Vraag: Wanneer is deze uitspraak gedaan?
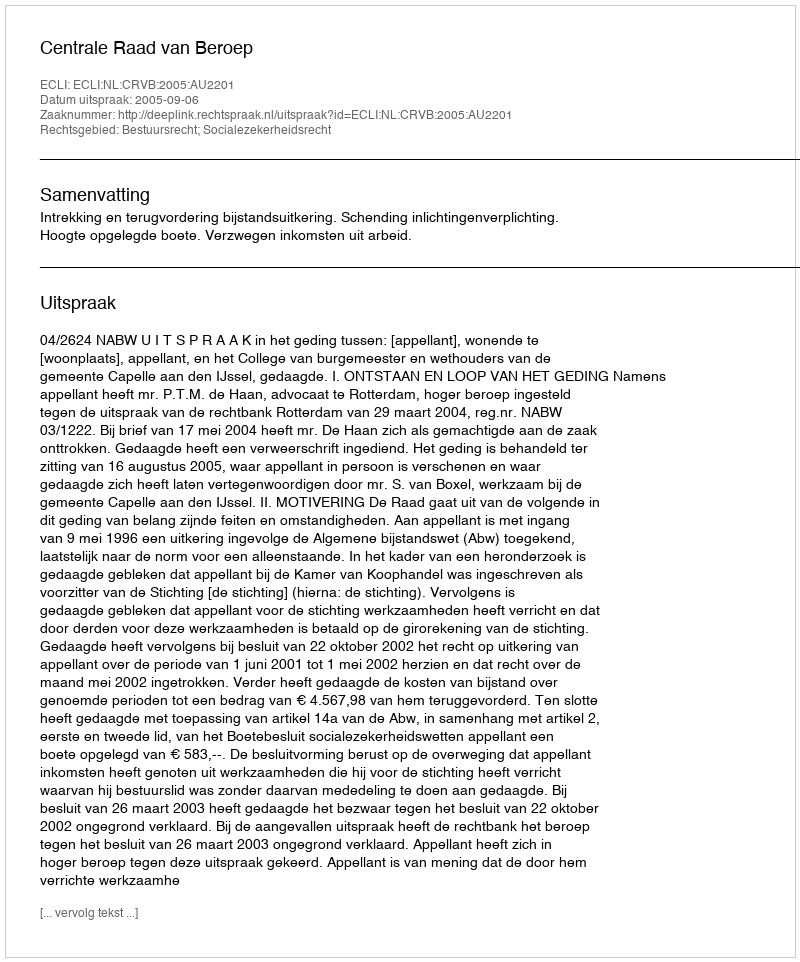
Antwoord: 2005-09-06